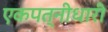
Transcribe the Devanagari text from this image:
एकपत्नीधारी